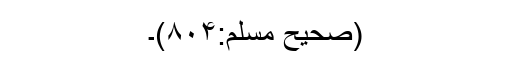
(صحیح مسلم:۸۰۴)۔